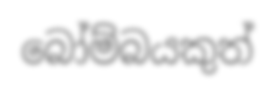
බෝම්බයකුත්